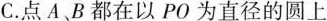
C. 点A、B都在以PO为直径的圆上